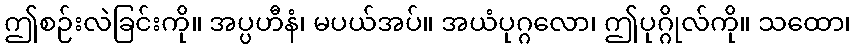
ဤစဉ်းလဲခြင်းကို။ အပ္ပဟီနံ၊ မပယ်အပ်။ အယံပုဂ္ဂလော၊ ဤပုဂ္ဂိုလ်ကို။ သထော၊